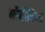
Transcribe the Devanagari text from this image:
कौतौबिया